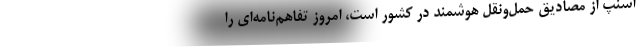
اسنپ از مصادیق حمل‌و‌نقل هوشمند در کشور است، امروز تفاهم‌نامه‌ای را